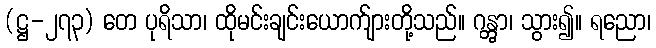
(ဋ္ဌ-၂၇၃) တေ ပုရိသာ၊ ထိုမင်းချင်းယောက်ျားတို့သည်။ ဂန္တွာ၊ သွား၍။ ရညော၊